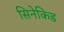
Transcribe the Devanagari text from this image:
सिनेकिड